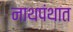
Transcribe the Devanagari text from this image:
नाथपंथात